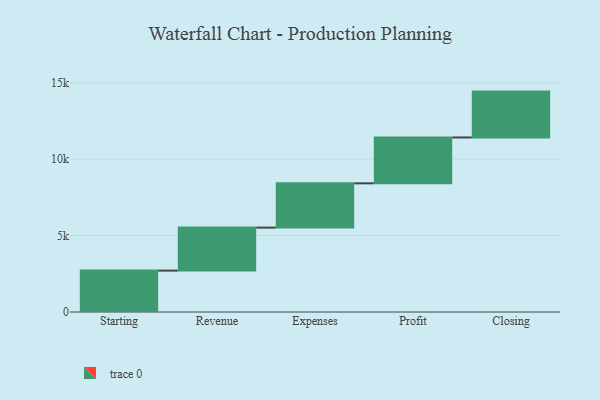
{"axis": {"x": "Step", "y": "Value"}, "legend": [""], "data": [{"x": "Starting", "y": 2708.0, "type": ""}, {"x": "Revenue", "y": 2812.0, "type": ""}, {"x": "Expenses", "y": 2897.0, "type": ""}, {"x": "Profit", "y": 3000, "type": ""}, {"x": "Closing", "y": 3000, "type": ""}]}